Indian journal of veterinary science and animal husbandry - Volume 10,
Year: 1940
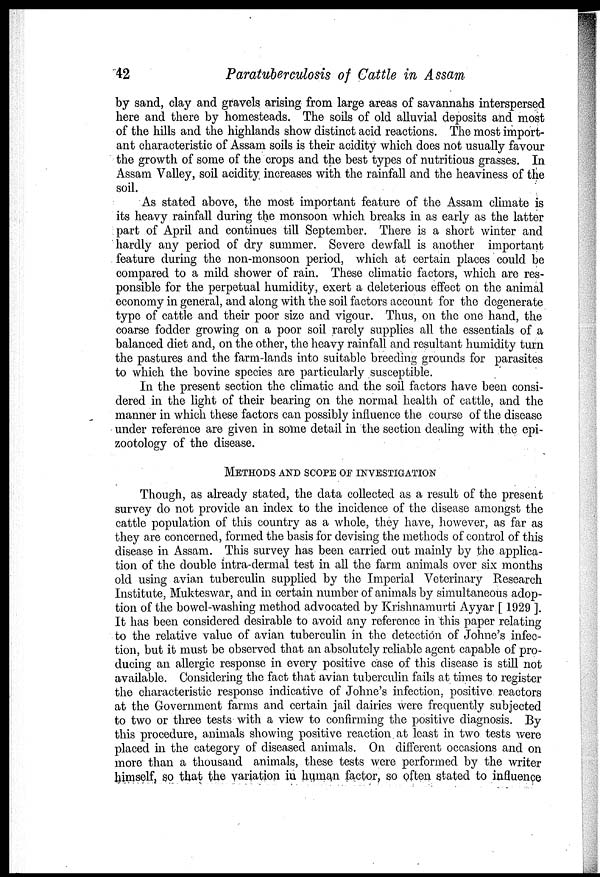
42
Paratuberculosis of Cattle in Assam
by sand, clay and gravels arising from large areas of savannahs interspersed
here and there by homesteads. The soils of old alluvial deposits and most
of the hills and the highlands show distinct acid reactions. The most import-
ant characteristic of Assam soils is their acidity which does not usually favour
the growth of some of the crops and the best types of nutritious grasses. In
Assam Valley, soil acidity increases with the rainfall and the heaviness of the
soil.
As stated above, the most important feature of the Assam climate is
its heavy rainfall during the monsoon which breaks in as early as the latter
part of April and continues till September. There is a short winter and
hardly any period of dry summer. Severe dewfall is another important
feature during the non-monsoon period, which at certain places could be
compared to a mild shower of rain. These climatic factors, which are res-
ponsible for the perpetual humidity, exert a deleterious effect on the animal
economy in general, and along with the soil factors account for the degenerate
type of cattle and their poor size and vigour. Thus, on the one hand, the
coarse fodder growing on a poor soil rarely supplies all the essentials of a
balanced diet and, on the other, the heavy rainfall and resultant humidity turn
the pastures and the farm-lands into suitable breeding grounds for parasites
to which the bovine species are particularly susceptible.
In the present section the climatic and the soil factors have been consi-
dered in the light of their bearing on the normal health of cattle, and the
manner in which these factors can possibly influence the course of the disease
under reference are given in some detail in the section dealing with the epi¬
zootology of the disease.
METHODS AND SCOPE OF INVESTIGATION
Though, as already stated, the data collected as a result of the present
survey do not provide an index to the incidence of the disease amongst the
cattle population of this country as a whole, they have, however, as far as
they are concerned, formed the basis for devising the methods of control of this
disease in Assam. This survey has been carried out mainly by the applica-
tion of the double intra-dermal test in all the farm animals over six months
old using avian tuberculin supplied by the Imperial Veterinary Research
Institute, Mukteswar, and in certain number of animals by simultaneous adop-
tion of the bowel-washing method advocated by Krishnamurti Ayyar [ 1929 ].
It has been considered desirable to avoid any reference in this paper relating
to the relative value of avian tuberculin in the detection of Johne's infec-
tion, but it must be observed that an absolutely reliable agent capable of pro-
ducing an allergic response in every positive case of this disease is still not
available. Considering the fact that avian tuberculin fails at times to register
the characteristic response indicative of Johne's infection, positive reactors
at the Government farms and certain jail dairies were frequently subjected
to two or three tests with a view to confirming the positive diagnosis. By
this procedure, animals showing positive reaction at least in two tests were
placed in the category of diseased animals. On different occasions and on
more than a thousand animals, these tests were performed by the writer
himself, so that the variation in human factor, so often stated to influence